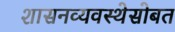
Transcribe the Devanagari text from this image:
शासनव्यवस्थेसोबत